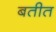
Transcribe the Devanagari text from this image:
बतीत